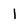
Character: 1